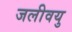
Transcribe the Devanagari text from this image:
जलीवयु